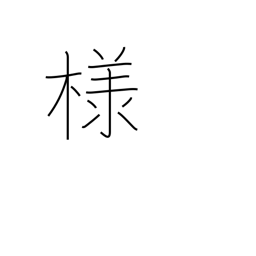
Meaning: polite suffix